Black-water fever - Number 35
Disease focus: Fever
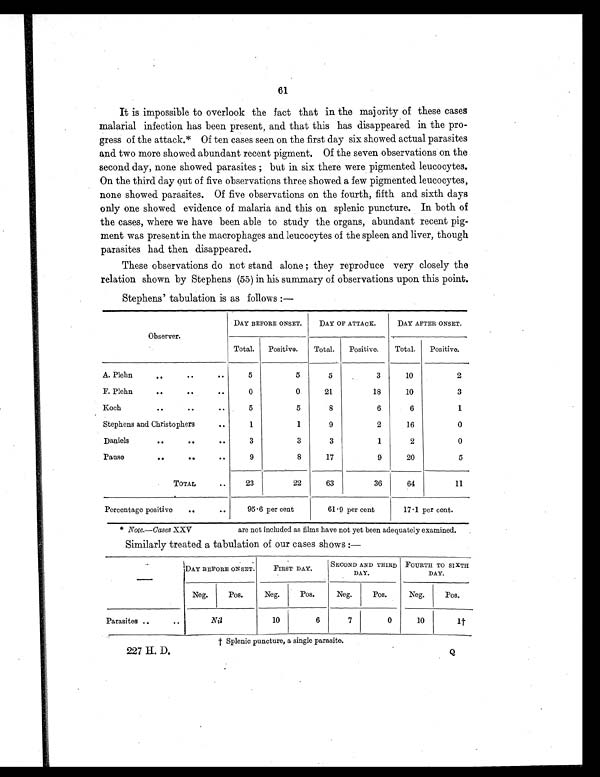
61
It is impossible to overlook the fact that in the majority of these cases
malarial infection has been present, and that this has disappeared in the pro-
gress of the attack.* Of ten cases seen on the first day six showed actual parasites
and two more showed abundant recent pigment. Of the seven observations on the
second day, none showed parasites ; but in six there were pigmented leucocytes.
On the third day out of five observations three showed a few pigmented leucocytes,
none showed parasites. Of five observations on the fourth, fifth and sixth days
only one showed evidence of malaria and this on splenic puncture. In both of
the cases, where we have been able to study the organs, abundant recent pig-
ment was present in the macrophages and leucocytes of the spleen and liver, though
parasites had then disappeared.
These observations do not stand alone ; they reproduce very closely the
relation shown by Stephens (55) in his summary of observations upon this point.
Stephens' tabulation is as follows :—
Observer.
DAY BEFORE ONSET.
DAY OF ATTACK.
DAY AFTER ONSET.
Total.
Positive.
Total.
Positive.
Total.
.
Positive.
A. Plehn
.. ..
. .
5
5
5
3
10
2
F. Plehn
.. ..
. .
0
0
21
18
10
3
Koch
..
.. ..
5
5
8
6
6
1
Stephens and Christophers
..
1
1
9
2
16
0
Daniels
.. ..
. .
3
3
3
1
2
0
Panes
.. ..
..
9
8
17
9
20
5
TOTAL
..
23
22
63
36
64
11
Percentage positive
..
..
95.6 per cent
61.9 per cent
17.1 per cent.
* Note.—Cases XXV
are not included as films have not yet been adequately examined.
Similarly treated a tabulation of our cases shows :—
— DAY BEFORE ONSET.
FIRST DAY.
SECOND AND THIRD
DAY.
FOURTH TO SIXTH
DAY.
Neg.
Pos.
Neg.
Pos.
Neg.
Pos.
Neg.
Pos.
Parasites ..
..
Nil
10
6
7
0
10
1 †
† S p l e n i c p u n c t u r e , a s i n g l e p a r a s i t e .
227 H. D.
Q